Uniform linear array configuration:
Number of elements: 24
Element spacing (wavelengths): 0.75
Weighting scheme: blackman
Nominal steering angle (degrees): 45
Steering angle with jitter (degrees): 45.182
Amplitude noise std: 0.05
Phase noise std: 0.05

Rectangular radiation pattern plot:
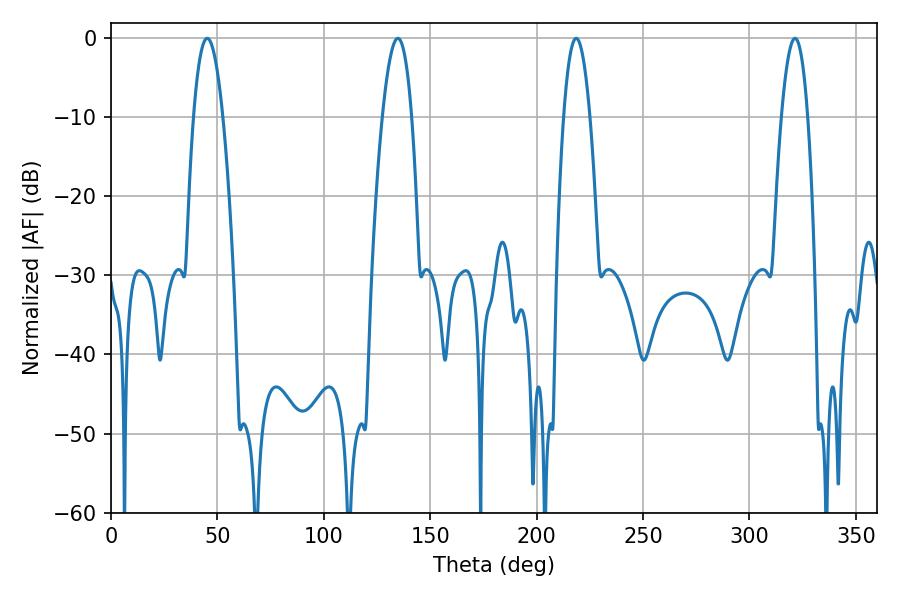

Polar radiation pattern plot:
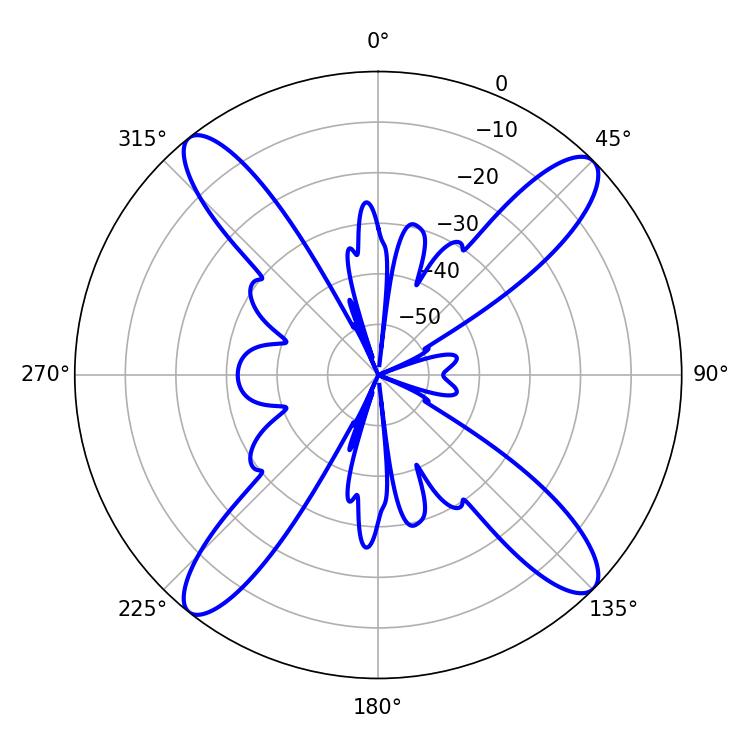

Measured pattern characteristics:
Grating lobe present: TRUE
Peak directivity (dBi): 16.745
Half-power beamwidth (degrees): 7.56
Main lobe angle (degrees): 45.18